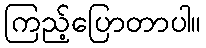
ကြည့်ပြောတာပါ။